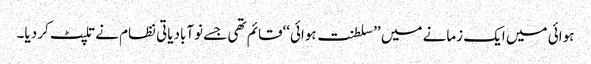
ہوائی میں ایک زمانے میں ’’سلطنت ہوائی‘‘قائم تھی جسے نوآبادیاتی نظام نے تلپٹ کر دیا۔